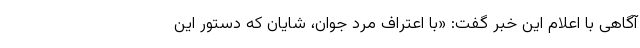
آگاهی با اعلام این خبر گفت: «با اعتراف مرد جوان، شایان که دستور این